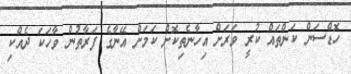
ހޮޑްސަން ކަންތައް ކުރީ ވަރަށް އިހާނެތިކޮށް ކަމަށް އޭނާގެ ފަރާތުން ވާހަކަ ދެއްކި